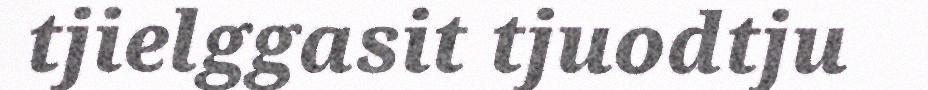
tjielggasit tjuodtju